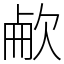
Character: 欳